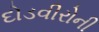
દોડવીરોની